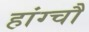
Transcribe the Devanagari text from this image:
हांग्चौ